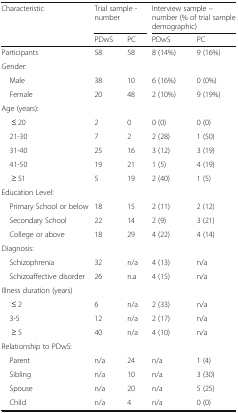
| <ROWSPAN=2> Characteristic | <COLSPAN=2> Trial sample - number | <COLSPAN=2> Interview sample – number (% of trial sample demographic) |
 | PDwS | PC | PDwS | PC |
 | --- | --- | --- | --- | --- |
 | Participants | 58 | 58 | 8 (14%) | 9 (16%) |
 | <COLSPAN=5> Gender: |
 | Male | 38 | 10 | 6 (16%) | 0 (0%) |
 | Female | 20 | 48 | 2 (10%) | 9 (19%) |
 | <COLSPAN=5> Age (years): |
 | ≤ 20 | 2 | 0 | 0 (0) | 0 (0) |
 | 21-30 | 7 | 2 | 2 (28) | 1 (50) |
 | 31-40 | 25 | 16 | 3 (12) | 3 (19) |
 | 41-50 | 19 | 21 | 1 (5) | 4 (19) |
 | ≥ 51 | 5 | 19 | 2 (40) | 1 (5) |
 | <COLSPAN=5> Education Level: |
 | Primary School or below | 18 | 15 | 2 (11) | 2 (12) |
 | Secondary School | 22 | 14 | 2 (9) | 3 (21) |
 | College or above | 18 | 29 | 4 (22) | 4 (14) |
 | <COLSPAN=5> Diagnosis: |
 | Schizophrenia | 32 | n/a | 4 (13) | n/a |
 | Schizoaffective disorder | 26 | n.a | 4 (15) | n/a |
 | <COLSPAN=5> Illness duration (years) |
 | ≤ 2 | 6 | n/a | 2 (33) | n/a |
 | 3-5 | 12 | n/a | 2 (17) | n/a |
 | ≥ 5 | 40 | n/a | 4 (10) | n/a |
 | <COLSPAN=5> Relationship to PDwS: |
 | Parent | n/a | 24 | n/a | 1 (4) |
 | Sibling | n/a | 10 | n/a | 3 (30) |
 | Spouse | n/a | 20 | n/a | 5 (25) |
 | Child | n/a | 4 | n/a | 0 (0) |